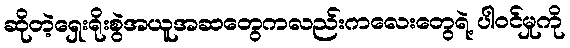
ဆိုတဲ့ရှေးရိုးစွဲအယူအဆတွေကလည်းကလေးတွေရဲ့ ပါဝင်မှုကို